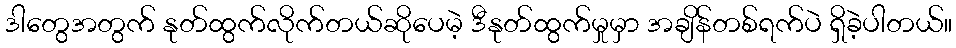
ဒါတွေအတွက် နုတ်ထွက်လိုက်တယ်ဆိုပေမဲ့ ဒီနုတ်ထွက်မှုမှာ အချိန်တစ်ရက်ပဲ ရှိခဲ့ပါတယ်။